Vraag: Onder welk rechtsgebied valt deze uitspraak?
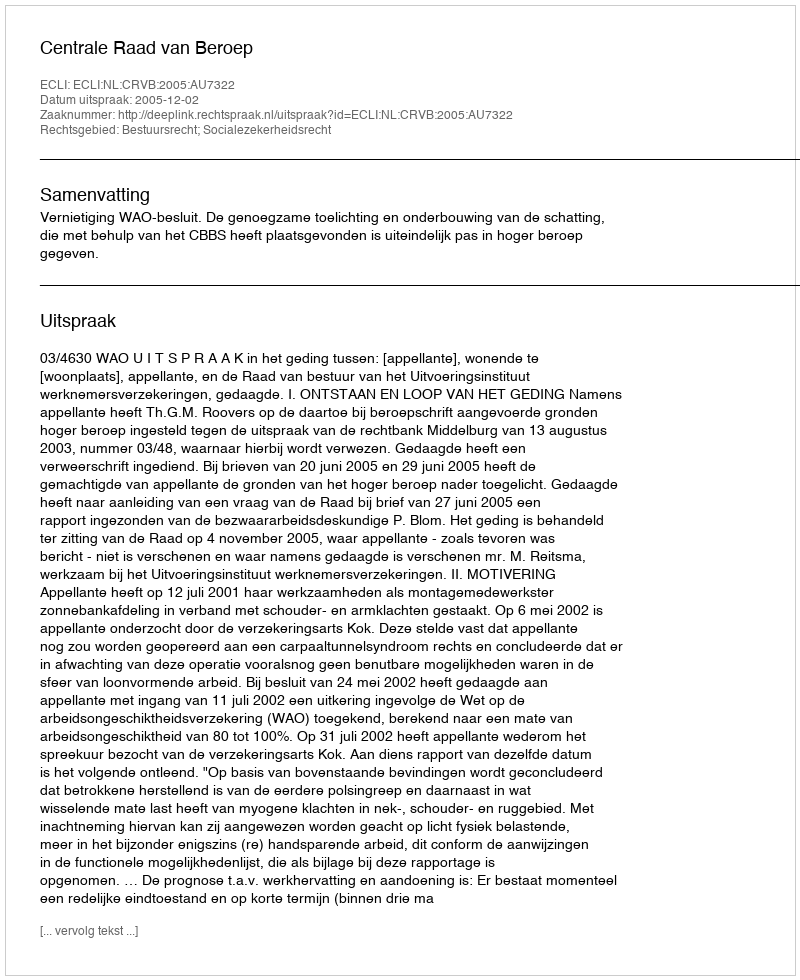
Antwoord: Bestuursrecht; Socialezekerheidsrecht